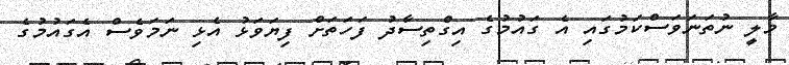
މާލީ ނުތަނަވަސްކަމުގައި އެ ގައުމުގެ އިގްތިސާދު ފަހަތަށް ފިޔަވަޅު އެޅި ނަމަވެސް އެގައުމުގެ